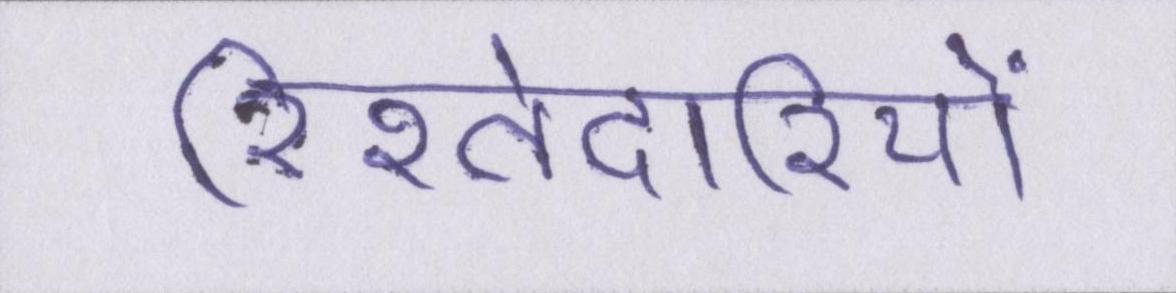
रिश्तेदारियों